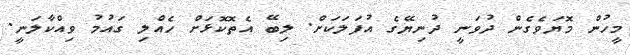
މީހުން މޮޔަވެގެން ދުވަނީ ދުނިޔޭގެ އުފަލަކަށް. ލިބޭ އެތޮކޮޅަށް ހެއްލި ގައުމު ވިއްކާލަނީ.